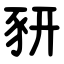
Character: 豜